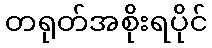
တရုတ်အစိုးရပိုင်